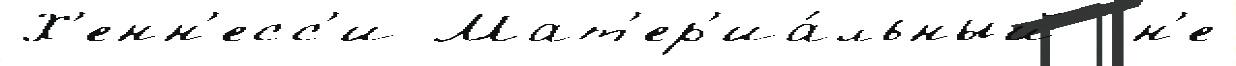
Х'енн'есс'и Мат'ер'иа́льный  н'е